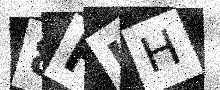
Text: 8FJH